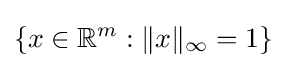
\{x\in \mathbb {R} ^{m}:\|x\|_{\infty }=1\}